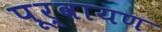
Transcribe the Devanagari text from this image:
पूर्वायण